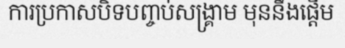
ការប្រកាសបិទបញ្ចប់សង្គ្រាម មុននឹងផ្តើម